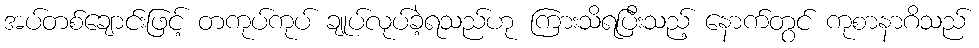
အပ်တစ်ချောင်းဖြင့် တကုပ်ကုပ် ချုပ်လုပ်ခဲ့ရသည်ဟု ကြားသိရပြီးသည့် နောက်တွင် ကုစာနာဂိသည်